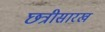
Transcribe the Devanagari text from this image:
छत्रीसारख